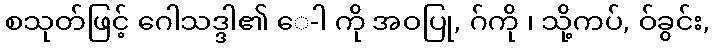
စသုတ်ဖြင့် ဂေါသဒ္ဒါ၏ ေ-ါ ကို အဝပြု, ဂ်ကို ၊ သို့ကပ်, ဝ်ခွင်း,